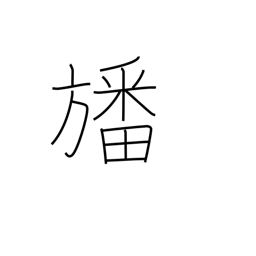
Meaning: a pennant